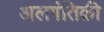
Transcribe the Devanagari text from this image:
अलगंतिक़ी